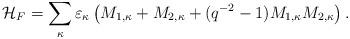
LaTeX: \begin{align*}{\cal H}_F=\sum_\kappa \varepsilon_\kappa\left(M_{1,\kappa}+M_{2,\kappa}+(q^{-2}-1)M_{1,\kappa}M_{2,\kappa}\right).\end{align*}